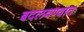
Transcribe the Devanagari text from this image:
बदलवण्यात